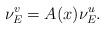
LaTeX: \begin{align*}\nu_E^v=A(x)\nu_E^u.\end{align*}